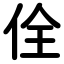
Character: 佺